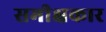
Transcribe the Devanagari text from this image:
समीक्षकार